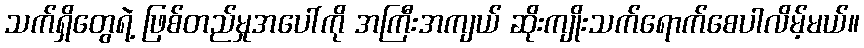
သက်ရှိတွေရဲ့ ဖြစ်တည်မှုအပေါ်ကို အကြီးအကျယ် ဆိုးကျိုးသက်ရောက်စေပါလိမ့်မယ်။